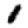
Digit: 1